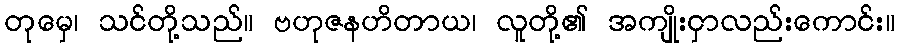
တုမှေ၊ သင်တို့သည်။ ဗဟုဇနဟိတာယ၊ လူတို့၏ အကျိုးငှာလည်းကောင်း။